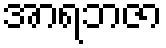
အာရဘဇာ